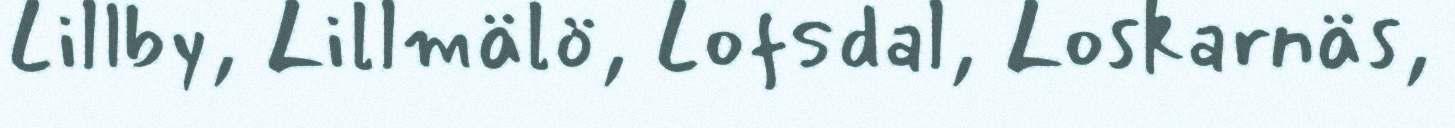
Lillby, Lillmälö, Lofsdal, Loskarnäs,